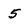
Character: 5